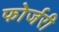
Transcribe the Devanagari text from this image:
फोर्जरी